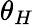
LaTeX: \theta_{H}